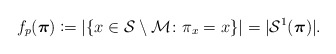
\begin{align*} f_p(\boldsymbol{\pi})\coloneqq |\{x\in\mathcal{S}\setminus\mathcal{M}\colon \pi_x=x\}| =|\mathcal{S}^1(\boldsymbol{\pi})|.\end{align*}